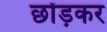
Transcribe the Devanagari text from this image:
छोंड़कर